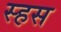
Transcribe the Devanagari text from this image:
स्हस